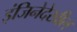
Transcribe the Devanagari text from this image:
इंजिनेदेखील